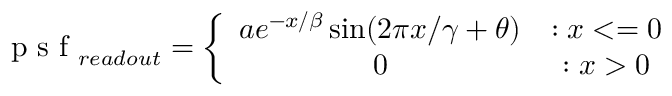
\mathrm { ~ p ~ s ~ f ~ } _ { r e a d o u t } = \left\{ \begin{array} { c c } { a e ^ { - x / \beta } \sin ( 2 \pi x / \gamma + \theta ) } & { : x < = 0 } \\ { 0 } & { : x > 0 } \end{array} \right.